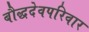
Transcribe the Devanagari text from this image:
बौद्धदेवपरिवार